Triennial report on the lunatic asylums in the province of Eastern Bengal and Assam - 1903-1911
Year: 1903
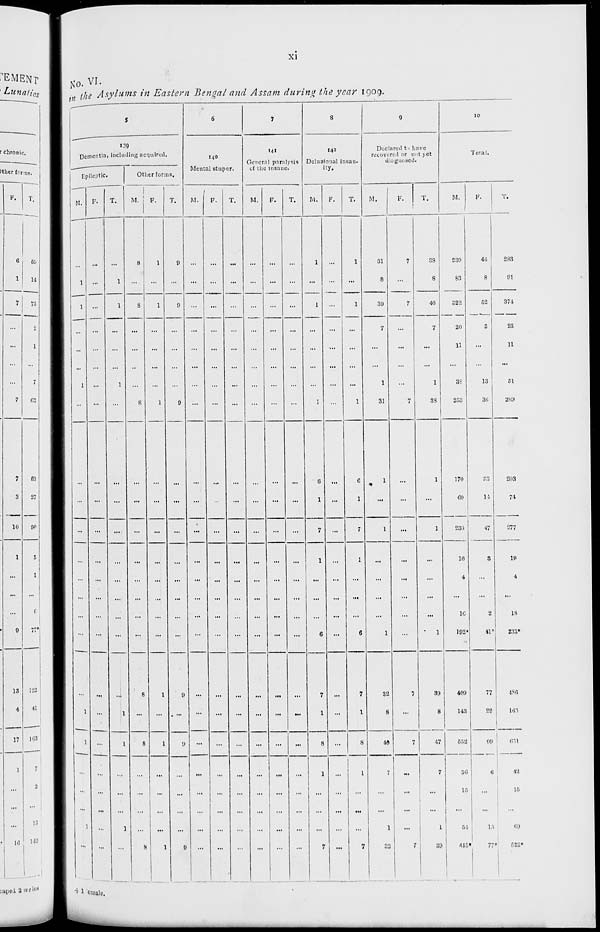
xi
No. VI.
in the Asylums in Eastern Bengal and Assam during the year 1909.
5
139
Dementia, including acquired.
Epileptic.
M.
...
1
1
...
...
...
1
...
...
...
...
...
...
...
...
...
...
1
1
...
...
...
1
...
F.
...
...
...
...
...
...
...
...
...
...
...
...
...
...
...
...
...
...
...
...
...
...
...
...
T.
...
1
1
...
...
...
1
...
...
...
...
...
...
...
...
...
...
1
1
...
...
...
1
...
Other forms.
M.
8
...
8
...
...
...
...
8
...
...
...
...
...
...
...
...
8
...
8
...
...
...
...
8
F.
1
...
1
...
...
...
...
1
...
...
...
...
...
...
...
...
1
...
1
...
...
...
...
1
T.
9
...
9
...
...
...
...
9
...
...
...
...
...
...
...
...
9
..
9
...
...
...
...
9
6
140
Mental stupor.
M.
...
...
...
...
...
...
...
...
...
...
...
...
...
...
...
...
...
...
...
...
...
...
...
...
F.
...
...
...
...
...
...
...
...
...
...
...
...
...
...
...
...
...
...
...
...
...
...
...
...
T.
...
...
...
...
...
...
...
...
...
...
...
...
...
...
...
...
...
...
...
...
...
...
...
...
7
141
General paralysis
of the insane.
M.
...
...
...
...
...
...
...
...
...
...
...
...
...
...
...
...
...
...
...
...
...
...
...
...
F.
...
...
...
...
...
...
...
...
...
...
...
...
...
...
...
...
...
...
...
...
...
...
...
...
T.
...
...
...
...
...
...
...
...
...
...
...
...
...
...
...
...
...
...
...
...
...
...
...
...
8
142
Delusional insan-
ity.
M.
1
...
1
...
...
...
...
1
6
1
7
1
...
...
...
6
7
1
8
1
...
...
...
7
F.
...
...
...
...
...
...
...
...
...
...
...
...
...
...
...
...
...
...
...
...
...
...
...
...
T.
1
...
1
...
...
...
...
1
6
1
7
1
...
...
...
6
7
1
8
1
...
...
...
7
9
Declared to have
recovered or not yet
diagnosed.
M.
31
8
39
7
...
...
1
31
1
...
1
...
...
...
...
1
32
8
40
7
...
...
1
32
F.
7
...
7
...
...
...
...
7
...
...
...
...
...
...
...
...
7
...
7
...
...
...
...
7
T.
38
8
46
7
...
...
1
38
1
...
1
...
...
...
...
1
39
8
47
7
...
...
1
39
10
Total.
M.
239
83
322
20
11
...
38
253
170
60
230
16
4
...
16
192*
409
143
552
36
15
...
54
445*
F.
44
8
52
3
...
...
13
36
33
14
47
3
...
...
2
41*
77
22
99
6
...
...
15
77*
T.
283
91
374
23
11
...
51
289
203
74
277
19
4
...
18
233*
486
165
651
42
15
...
69
522*
+ 1 Female.